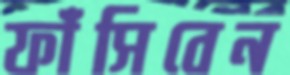
ফাঁসিবেন